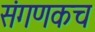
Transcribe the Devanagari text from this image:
संगणकच